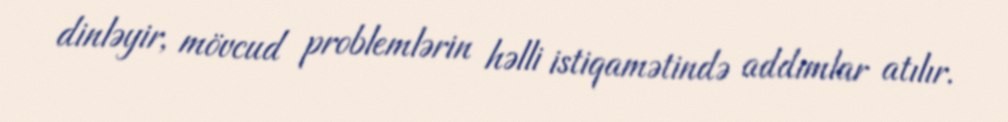
dinləyir, mövcud problemlərin həlli istiqamətində addımlar atılır.